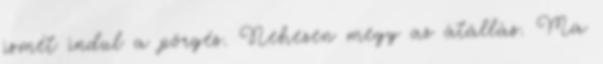
ismét indul a pörgés. Nehezen megy az átállás. Ma